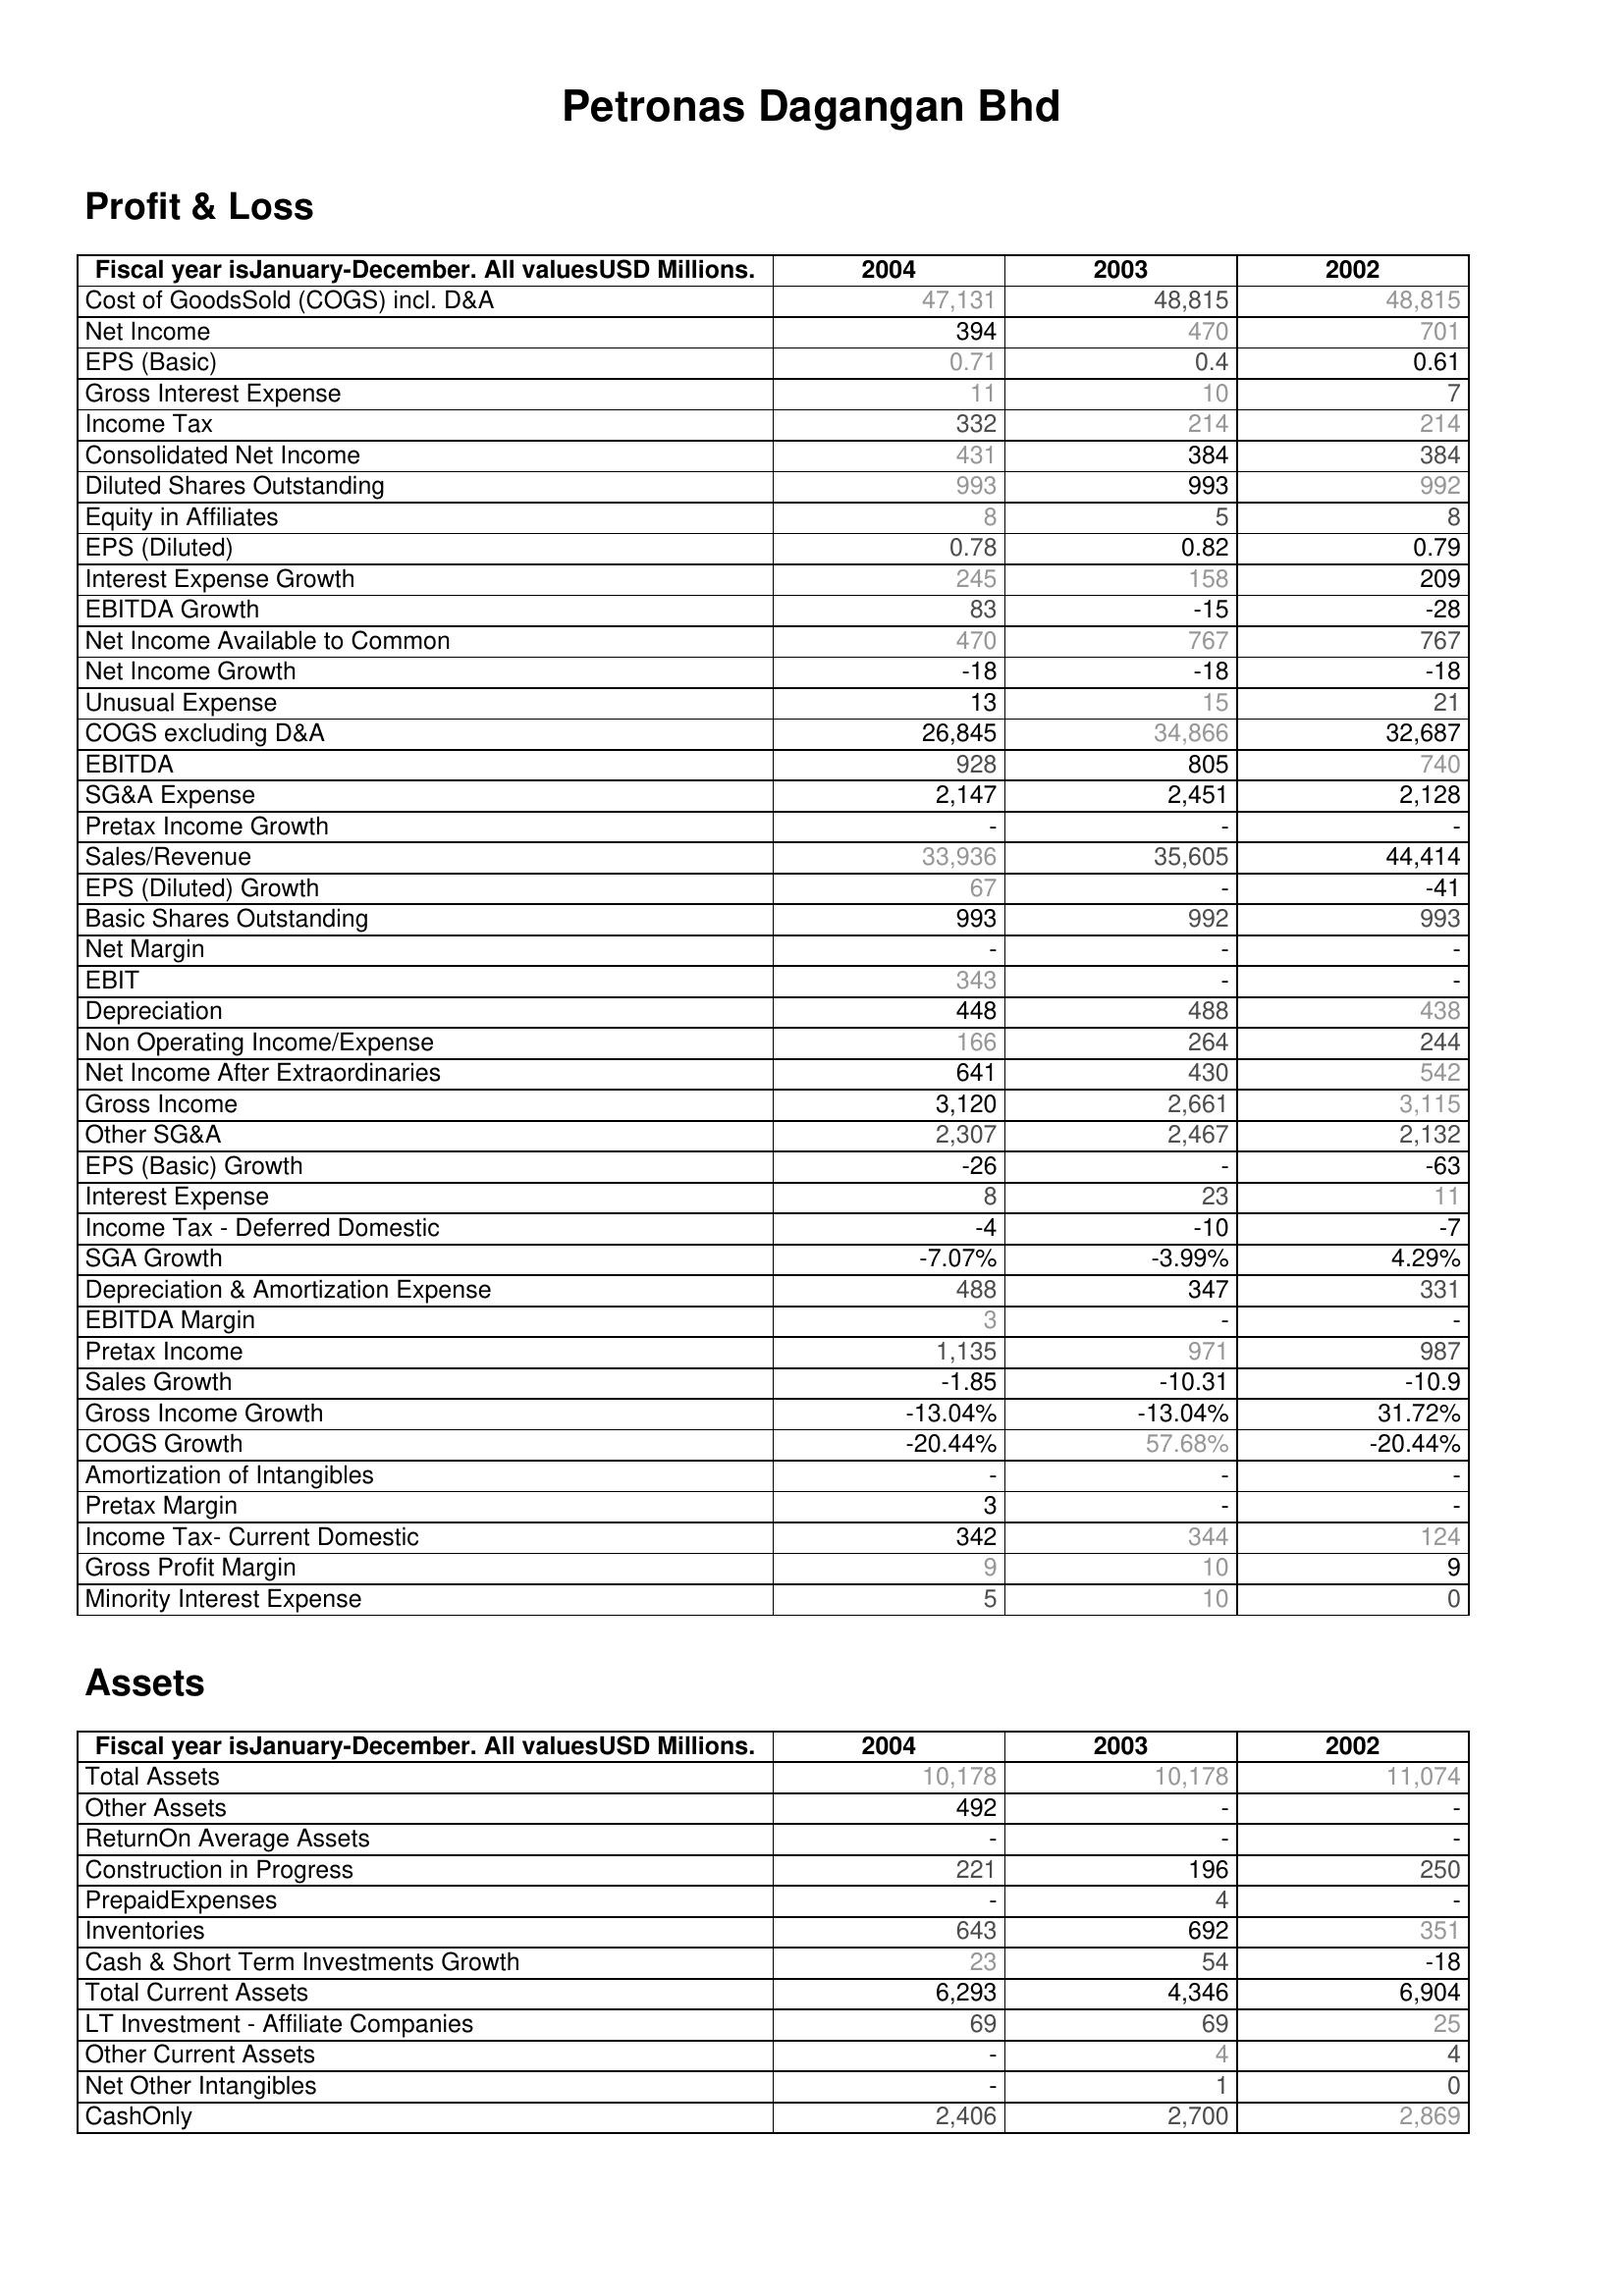
2004: Profit & Loss: Cost of GoodsSold (COGS) incl. D&A: 47,131
Net Income: 394
EPS (Basic): 0.71
Gross Interest Expense: 11
Income Tax: 332
Consolidated Net Income: 431
Diluted Shares Outstanding: 993
Equity in Affiliates: 8
EPS (Diluted): 0.78
Interest Expense Growth: 245
EBITDA Growth: 83
Net Income Available to Common: 470
Net Income Growth: -18
Unusual Expense: 13
COGS excluding D&A: 26,845
EBITDA: 928
SG&A Expense: 2,147
Pretax Income Growth: -
Sales/Revenue: 33,936
EPS (Diluted) Growth: 67
Basic Shares Outstanding: 993
Net Margin: -
EBIT: 343
Depreciation: 448
Non Operating Income/Expense: 166
Net Income After Extraordinaries: 641
Gross Income: 3,120
Other SG&A: 2,307
EPS (Basic) Growth: -26
Interest Expense: 8
Income Tax - Deferred Domestic: -4
SGA Growth: -7.07%
Depreciation & Amortization Expense: 488
EBITDA Margin: 3
Pretax Income: 1,135
Sales Growth: -1.85
Gross Income Growth: -13.04%
COGS Growth: -20.44%
Amortization of Intangibles: -
Pretax Margin: 3
Income Tax- Current Domestic: 342
Gross Profit Margin: 9
Minority Interest Expense: 5
Assets: Total Assets: 10,178
Other Assets: 492
ReturnOn Average Assets: -
Construction in Progress: 221
PrepaidExpenses: -
Inventories: 643
Cash & Short Term Investments Growth: 23
Total Current Assets: 6,293
LT Investment - Affiliate Companies: 69
Other Current Assets: -
Net Other Intangibles: -
CashOnly: 2,406
2003: Profit & Loss: Cost of GoodsSold (COGS) incl. D&A: 48,815
Net Income: 470
EPS (Basic): 0.4
Gross Interest Expense: 10
Income Tax: 214
Consolidated Net Income: 384
Diluted Shares Outstanding: 993
Equity in Affiliates: 5
EPS (Diluted): 0.82
Interest Expense Growth: 158
EBITDA Growth: -15
Net Income Available to Common: 767
Net Income Growth: -18
Unusual Expense: 15
COGS excluding D&A: 34,866
EBITDA: 805
SG&A Expense: 2,451
Pretax Income Growth: -
Sales/Revenue: 35,605
EPS (Diluted) Growth: -
Basic Shares Outstanding: 992
Net Margin: -
EBIT: -
Depreciation: 488
Non Operating Income/Expense: 264
Net Income After Extraordinaries: 430
Gross Income: 2,661
Other SG&A: 2,467
EPS (Basic) Growth: -
Interest Expense: 23
Income Tax - Deferred Domestic: -10
SGA Growth: -3.99%
Depreciation & Amortization Expense: 347
EBITDA Margin: -
Pretax Income: 971
Sales Growth: -10.31
Gross Income Growth: -13.04%
COGS Growth: 57.68%
Amortization of Intangibles: -
Pretax Margin: -
Income Tax- Current Domestic: 344
Gross Profit Margin: 10
Minority Interest Expense: 10
Assets: Total Assets: 10,178
Other Assets: -
ReturnOn Average Assets: -
Construction in Progress: 196
PrepaidExpenses: 4
Inventories: 692
Cash & Short Term Investments Growth: 54
Total Current Assets: 4,346
LT Investment - Affiliate Companies: 69
Other Current Assets: 4
Net Other Intangibles: 1
CashOnly: 2,700
2002: Profit & Loss: Cost of GoodsSold (COGS) incl. D&A: 48,815
Net Income: 701
EPS (Basic): 0.61
Gross Interest Expense: 7
Income Tax: 214
Consolidated Net Income: 384
Diluted Shares Outstanding: 992
Equity in Affiliates: 8
EPS (Diluted): 0.79
Interest Expense Growth: 209
EBITDA Growth: -28
Net Income Available to Common: 767
Net Income Growth: -18
Unusual Expense: 21
COGS excluding D&A: 32,687
EBITDA: 740
SG&A Expense: 2,128
Pretax Income Growth: -
Sales/Revenue: 44,414
EPS (Diluted) Growth: -41
Basic Shares Outstanding: 993
Net Margin: -
EBIT: -
Depreciation: 438
Non Operating Income/Expense: 244
Net Income After Extraordinaries: 542
Gross Income: 3,115
Other SG&A: 2,132
EPS (Basic) Growth: -63
Interest Expense: 11
Income Tax - Deferred Domestic: -7
SGA Growth: 4.29%
Depreciation & Amortization Expense: 331
EBITDA Margin: -
Pretax Income: 987
Sales Growth: -10.9
Gross Income Growth: 31.72%
COGS Growth: -20.44%
Amortization of Intangibles: -
Pretax Margin: -
Income Tax- Current Domestic: 124
Gross Profit Margin: 9
Minority Interest Expense: 0
Assets: Total Assets: 11,074
Other Assets: -
ReturnOn Average Assets: -
Construction in Progress: 250
PrepaidExpenses: -
Inventories: 351
Cash & Short Term Investments Growth: -18
Total Current Assets: 6,904
LT Investment - Affiliate Companies: 25
Other Current Assets: 4
Net Other Intangibles: 0
CashOnly: 2,869